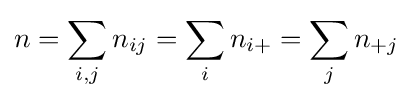
n=\sum _{i,j}n_{ij}=\sum _{i}n_{i+}=\sum _{j}n_{+j}